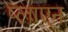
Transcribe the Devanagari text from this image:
प्लाएन